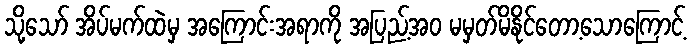
သို့သော် အိပ်မက်ထဲမှ အကြောင်းအရာကို အပြည့်အဝ မမှတ်မိနိုင်တော့သောကြောင့်